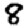
Digit: 8